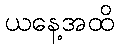
ယနေ့အထိ